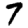
Digit: 7